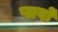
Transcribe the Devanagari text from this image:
प्लर्वों